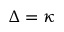
\Delta = \kappa